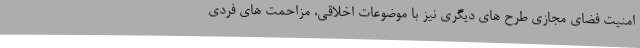
امنیت فضای مجازی طرح های دیگری نیز با موضوعات اخلاقی، مزاحمت های فردی